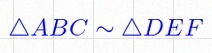
\triangle ABC\sim\triangle DEF